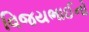
વિજયભાઈનો